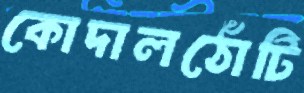
কোদালঠোঁটি